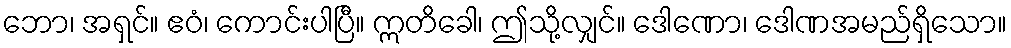
ဘော၊ အရှင်။ ဧဝံ၊ ကောင်းပါပြီ။ ဣတိခေါ၊ ဤသို့လျှင်။ ဒေါဏော၊ ဒေါဏအမည်ရှိသော။